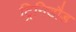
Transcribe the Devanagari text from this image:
ट्रिनिडौड